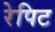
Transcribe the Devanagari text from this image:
रेपिट